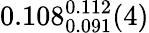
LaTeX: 0.108_{0.091}^{0.112}(4)